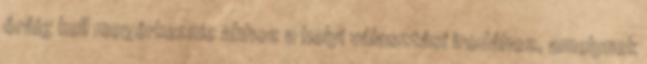
óráig kell megérkeznie ahhoz a helyi választási irodához, amelynek